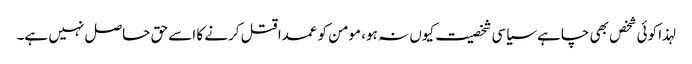
لہذا کوئی شخص بھی چاہے سیاسی شخصیت کیوں نہ ہو، مومن کو عمدا قتل کرنے کا اسے حق حاصل نہیں ہے۔